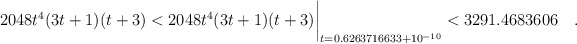
\begin{align*}2048 t^4(3t+1)(t+3) < 2048 t^4(3t+1)(t+3)\biggr\rvert_{t=0.6263716633 + 10^{-10}} < 3291.4683606\quad.\end{align*}